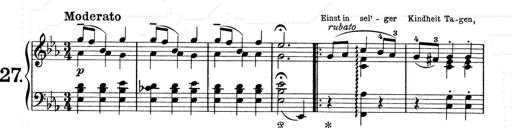
Title: 6 Polish Songs
Composer: Franz Liszt